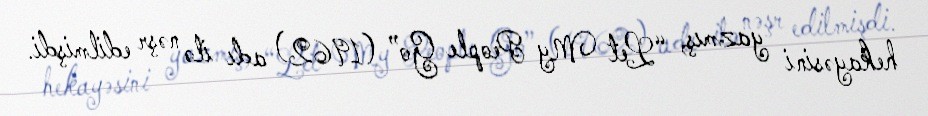
hekayəsini yazmış, “Let My People Go” (1962) adı ilə nəşr edilmişdi.